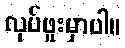
လုပ်ဖူးမှာပါ။